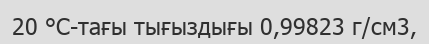
20 °С-тағы тығыздығы 0,99823 г/см3,